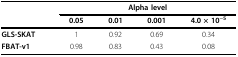
|  | <COLSPAN=4> Alpha level |
 |  | 0.05 | 0.01 | 0.001 | 4.0 × 10−5 |
 | --- | --- | --- | --- | --- |
 | GLS-SKAT | 1 | 0.92 | 0.69 | 0.34 |
 | FBAT-v1 | 0.98 | 0.83 | 0.43 | 0.08 |